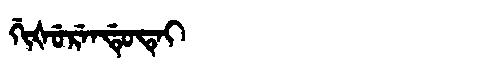
Manchu: ᡤᡳᡧᡠᡵᡝᠨᡩᡠᡨᡝᡳ
Romanization: GIŠURENDUTEI